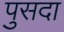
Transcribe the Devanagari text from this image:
पुसदा